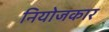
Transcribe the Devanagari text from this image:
नियोजकार